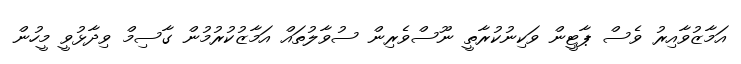
އަމާޒުވާއިރު ވެސް ޕާޓީން ވަކިނުކުރާތީ ނޫސްވެރިން ސުވާލުތައް އަމާޒުކުރުމުން ގާސިމް ވިދާޅުވީ މީހުން